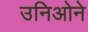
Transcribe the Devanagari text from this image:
उनिओने